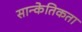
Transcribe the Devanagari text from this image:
सान्केतिकता